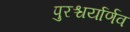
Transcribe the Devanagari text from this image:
पुरश्चर्यार्णव